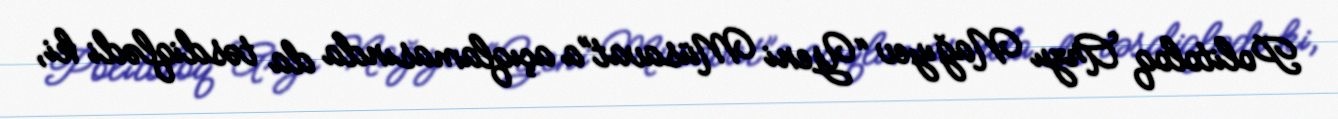
Politoloq Arzu Nağıyev “Yeni Müsavat”a açıqlamasında da təsdiqlədi ki,